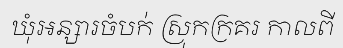
ឃុំអន្សារចំបក់ ស្រុកក្រគរ កាលពី